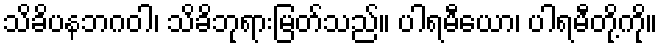
သိခိပနဘဂဝါ၊ သိခိဘုရားမြတ်သည်။ ပါရမီယော၊ ပါရမီတို့ကို။